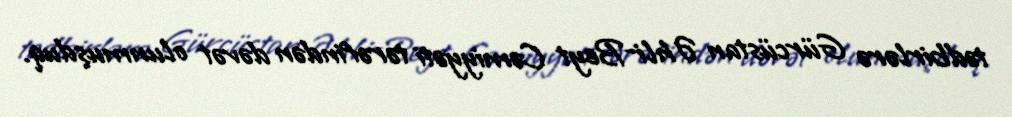
tədbirlərə Gürcüstan Əhli-Beyt Cəmiyyəti tərəfindən dəvət olunmuşduq.